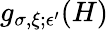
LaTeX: g_{\sigma,\xi;\epsilon^{\prime}}(H)